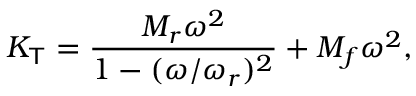
K _ { \mathsf { T } } = \frac { M _ { r } \omega ^ { 2 } } { 1 - ( \omega / \omega _ { r } ) ^ { 2 } } + M _ { f } \omega ^ { 2 } ,